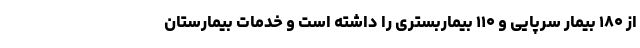
از ۱۸۰ بیمار سرپایی و ۱۱۰ بیماربستری را داشته است و خدمات بیمارستان